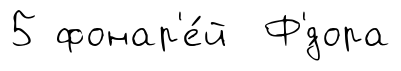
5 фонар'е́й Ф'́дора